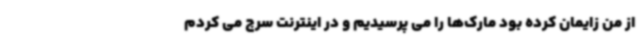
از من زایمان کرده بود مارک‌ها را می پرسیدیم و در اینترنت سرچ می کردم